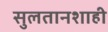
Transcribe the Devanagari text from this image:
सुलतानशाही